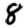
Digit: 8